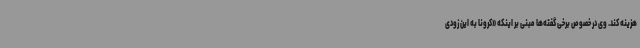
هزینه کند. وی در خصوص برخی گفته‌ها مبنی بر اینکه «کرونا به این زودی